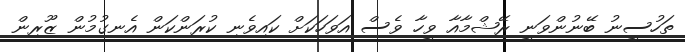
ތަހުސީނު ބޭނުންވަނީ ރޭޝްމާއާ ވީހާ ވެސް އަވަހަކަށް ކައިވެނި ކުރަންކަން އެނގުމުން ޒޫރިން